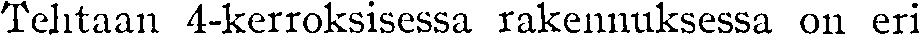
Tehtaan 4-kerroksisessa rakennuksessa on eri